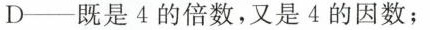
D──既是4的倍数，又是4的因数；